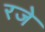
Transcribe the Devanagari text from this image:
रजे